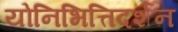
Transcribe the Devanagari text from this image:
योनिभित्तिदर्शन